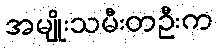
အမျိုးသမီးတဦးက